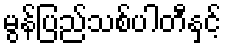
မွန်ပြည်သစ်ပါတီနှင့်